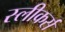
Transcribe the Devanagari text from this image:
स्लीकर्स